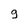
Character: 9